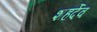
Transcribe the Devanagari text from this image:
शहर्देव